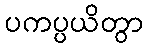
ပကပ္ပယိတွာ